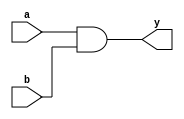
module and_gate(
    input a,
    input b,
    output y
);

assign y = a & b;

endmodule